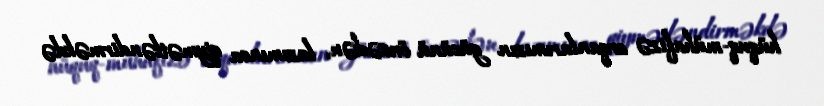
hüquq-mühafizə orqanlarımızın gücünü öncədən, lazımınca qiymətləndirməkdə